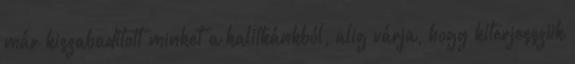
már kiszabadított minket a kalitkánkból, alig várja, hogy kiterjesszük